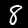
Label: 8